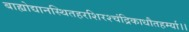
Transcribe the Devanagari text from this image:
बाह्योद्यानस्थितहरशिरश्चंद्रिकाधौतहर्म्या।।